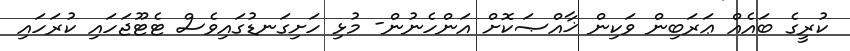
ކުރީގެ ބައެއް ޢަރަބިން ވަކިން ޚާއްޞަކޮށް އަންހެނުން- މުޅި ހަށިގަނޑުގައިވެސް ޓެޓޫޖަހައި ކުރަހައި